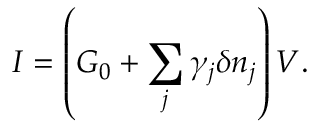
I = \left( G _ { 0 } + \sum _ { j } \gamma _ { j } \delta n _ { j } \right) V .